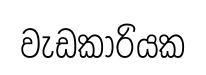
වැඩකාරියක